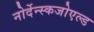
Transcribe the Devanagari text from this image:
नोर्देन्स्कजोएल्ड